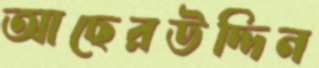
আছেরউদ্দিন